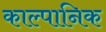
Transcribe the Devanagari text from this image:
काल्पानिक